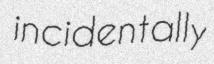
incidentally